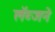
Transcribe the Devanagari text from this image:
लॅब्जने